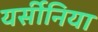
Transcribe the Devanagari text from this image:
यर्सीनिया